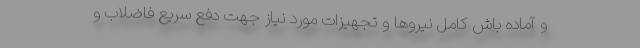
و آماده باش کامل نیروها و تجهیزات مورد نیاز جهت دفع سریع فاضلاب و